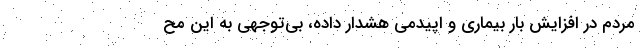
مردم در افزایش بار بیماری و اپیدمی هشدار داده، بی‌توجهی به این مح